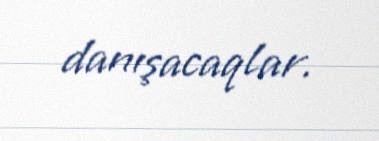
danışacaqlar.